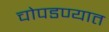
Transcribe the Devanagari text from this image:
चोपडण्यात